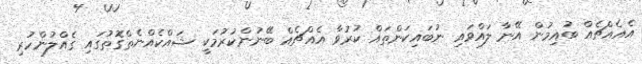
އެއެއްޗެއް ބުއިމުން އޭނާ ލައްވައި ނުބައިކަންތައް ކުރުވާ އެއްޗެއް ބޭނުންކުރުމަކީ ޝައްކެއްނެތްގޮތުގައި ގެއްލުންހުރި